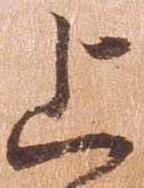
上